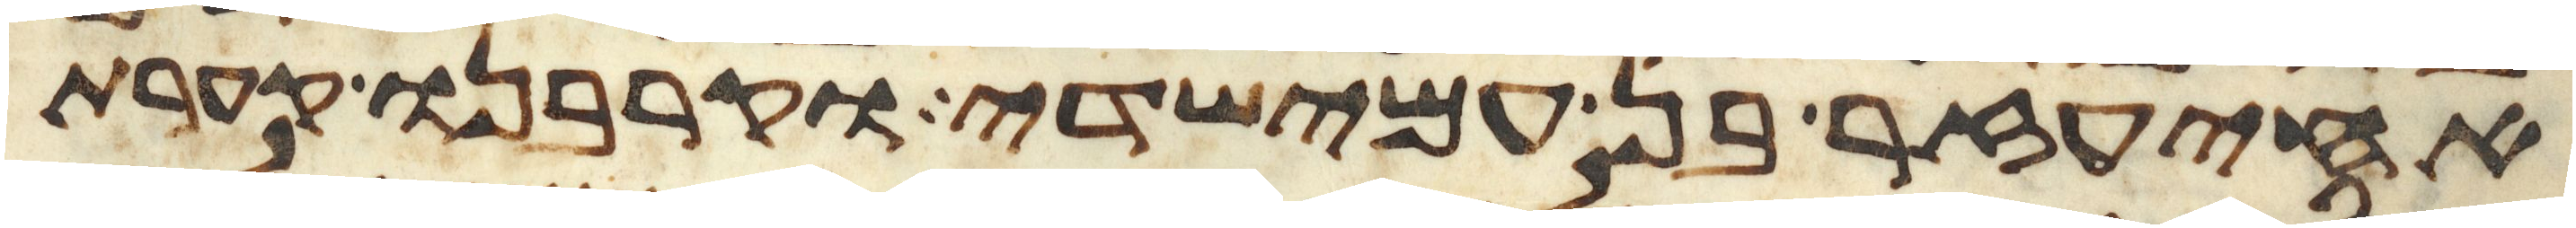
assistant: אחיעזר בן עמישדי וקרבנו קערת